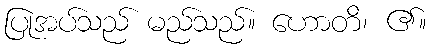
ပြုအပ်သည် မည်သည်။ ဟောတိ၊ ၏။